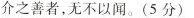
介之善者，无不以闻。(5分)